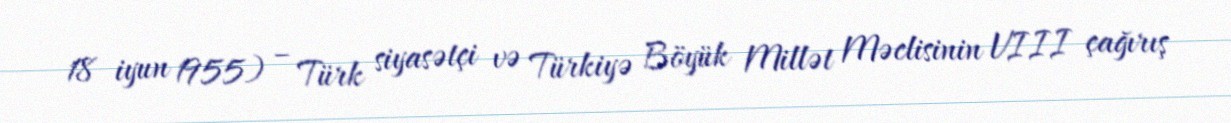
18 iyun 1955) – Türk siyasətçi və Türkiyə Böyük Millət Məclisinin VIII çağırış